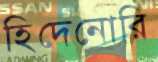
হিদেনোরি